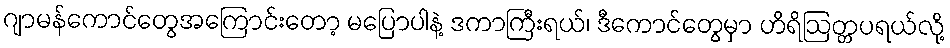
ဂျာမန်ကောင်တွေအကြောင်းတော့ မပြောပါနဲ့ ဒကာကြီးရယ်၊ ဒီကောင်တွေမှာ ဟိရိဩတ္တပရယ်လို့